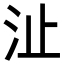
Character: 沚